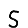
Digit: 5